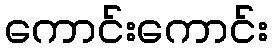
ကောင်းကောင်း